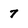
Character: 7